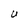
Character: U